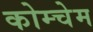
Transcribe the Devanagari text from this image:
कोम्चेम